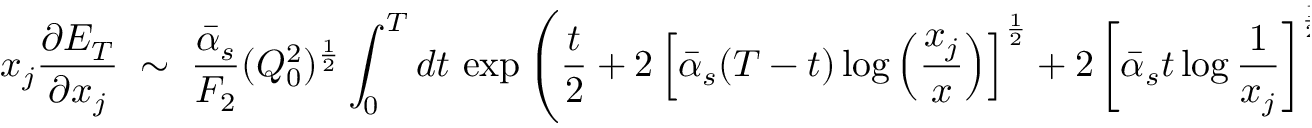
x _ { j } \frac { \partial E _ { T } } { \partial x _ { j } } \; \sim \; \frac { \bar { \alpha } _ { s } } { F _ { 2 } } ( Q _ { 0 } ^ { 2 } ) ^ { \frac { 1 } { 2 } } \int _ { 0 } ^ { T } d t \, \exp \left( \frac { t } { 2 } + 2 \left[ \bar { \alpha } _ { s } ( T - t ) \log \left( \frac { x _ { j } } { x } \right) \right] ^ { \frac { 1 } { 2 } } + 2 \left[ \bar { \alpha } _ { s } t \log \frac { 1 } { x _ { j } } \right] ^ { \frac { 1 } { 2 } } \right)